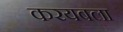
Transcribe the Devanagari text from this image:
करयबला